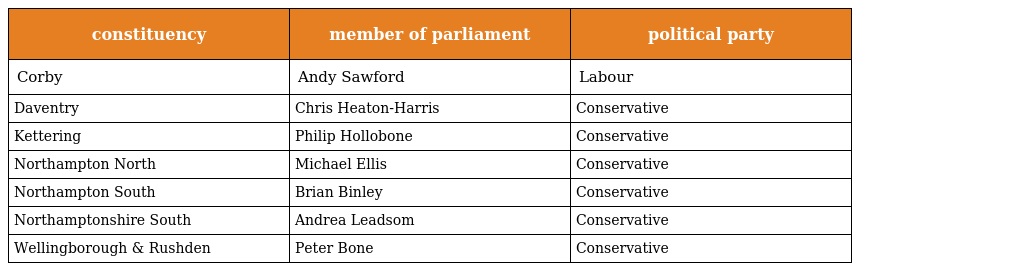
| constituency | member of parliament | political party |
 | --- | --- | --- |
 | Corby | Andy Sawford | Labour |
 | Daventry | Chris Heaton-Harris | Conservative |
 | Kettering | Philip Hollobone | Conservative |
 | Northampton North | Michael Ellis | Conservative |
 | Northampton South | Brian Binley | Conservative |
 | Northamptonshire South | Andrea Leadsom | Conservative |
 | Wellingborough & Rushden | Peter Bone | Conservative |